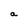
Character: a